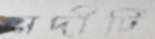
নদীটি